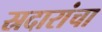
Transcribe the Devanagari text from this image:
स्रदारांचा